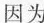
因为